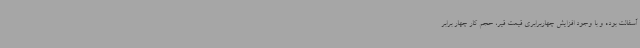
آسفالت بوده و با وجود افزایش چهاربرابری قیمت قیر، حجم کار چهار برابر